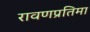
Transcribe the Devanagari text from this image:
रावणप्रतिमा